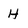
Character: H